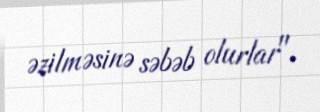
əzilməsinə səbəb olurlar".